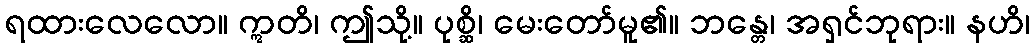
ရထားလေလော။ ဣတိ၊ ဤသို့။ ပုစ္ဆိ၊ မေးတော်မူ၏။ ဘန္တေ၊ အရှင်ဘုရား။ နဟိ၊